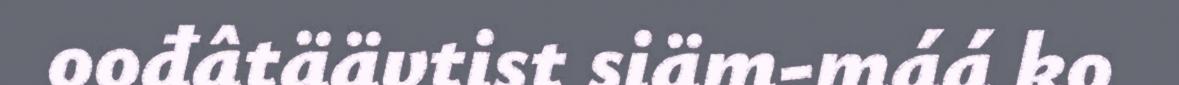
oođâtäävtist siäm-máá ko